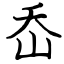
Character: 岙